画像に写った文字を読んでください
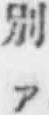
「別ア」と書いてあります